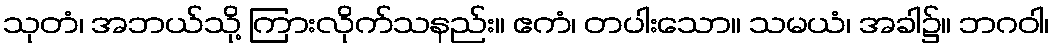
သုတံ၊ အဘယ်သို့ ကြားလိုက်သနည်း။ ဧကံ၊ တပါးသော။ သမယံ၊ အခါ၌။ ဘဂဝါ၊